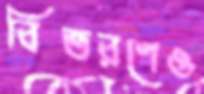
বিতরণেও